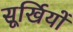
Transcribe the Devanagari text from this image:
सूर्खियों